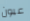
عيون